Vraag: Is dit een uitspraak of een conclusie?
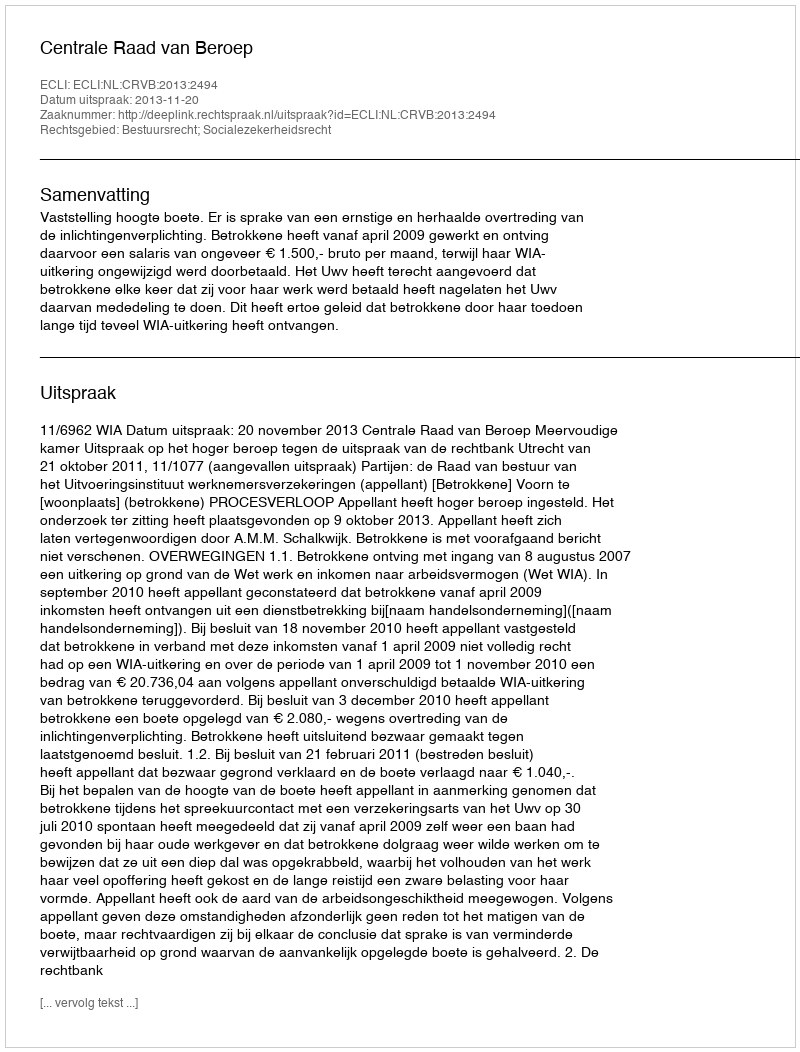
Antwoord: Uitspraak